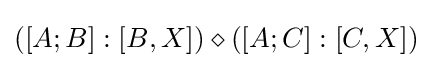
([A;B]:[B,X])\diamond ([A;C]:[C,X])\,\!